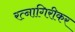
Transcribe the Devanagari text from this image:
रत्‍नागिरीकर